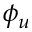
\phi _ { u }